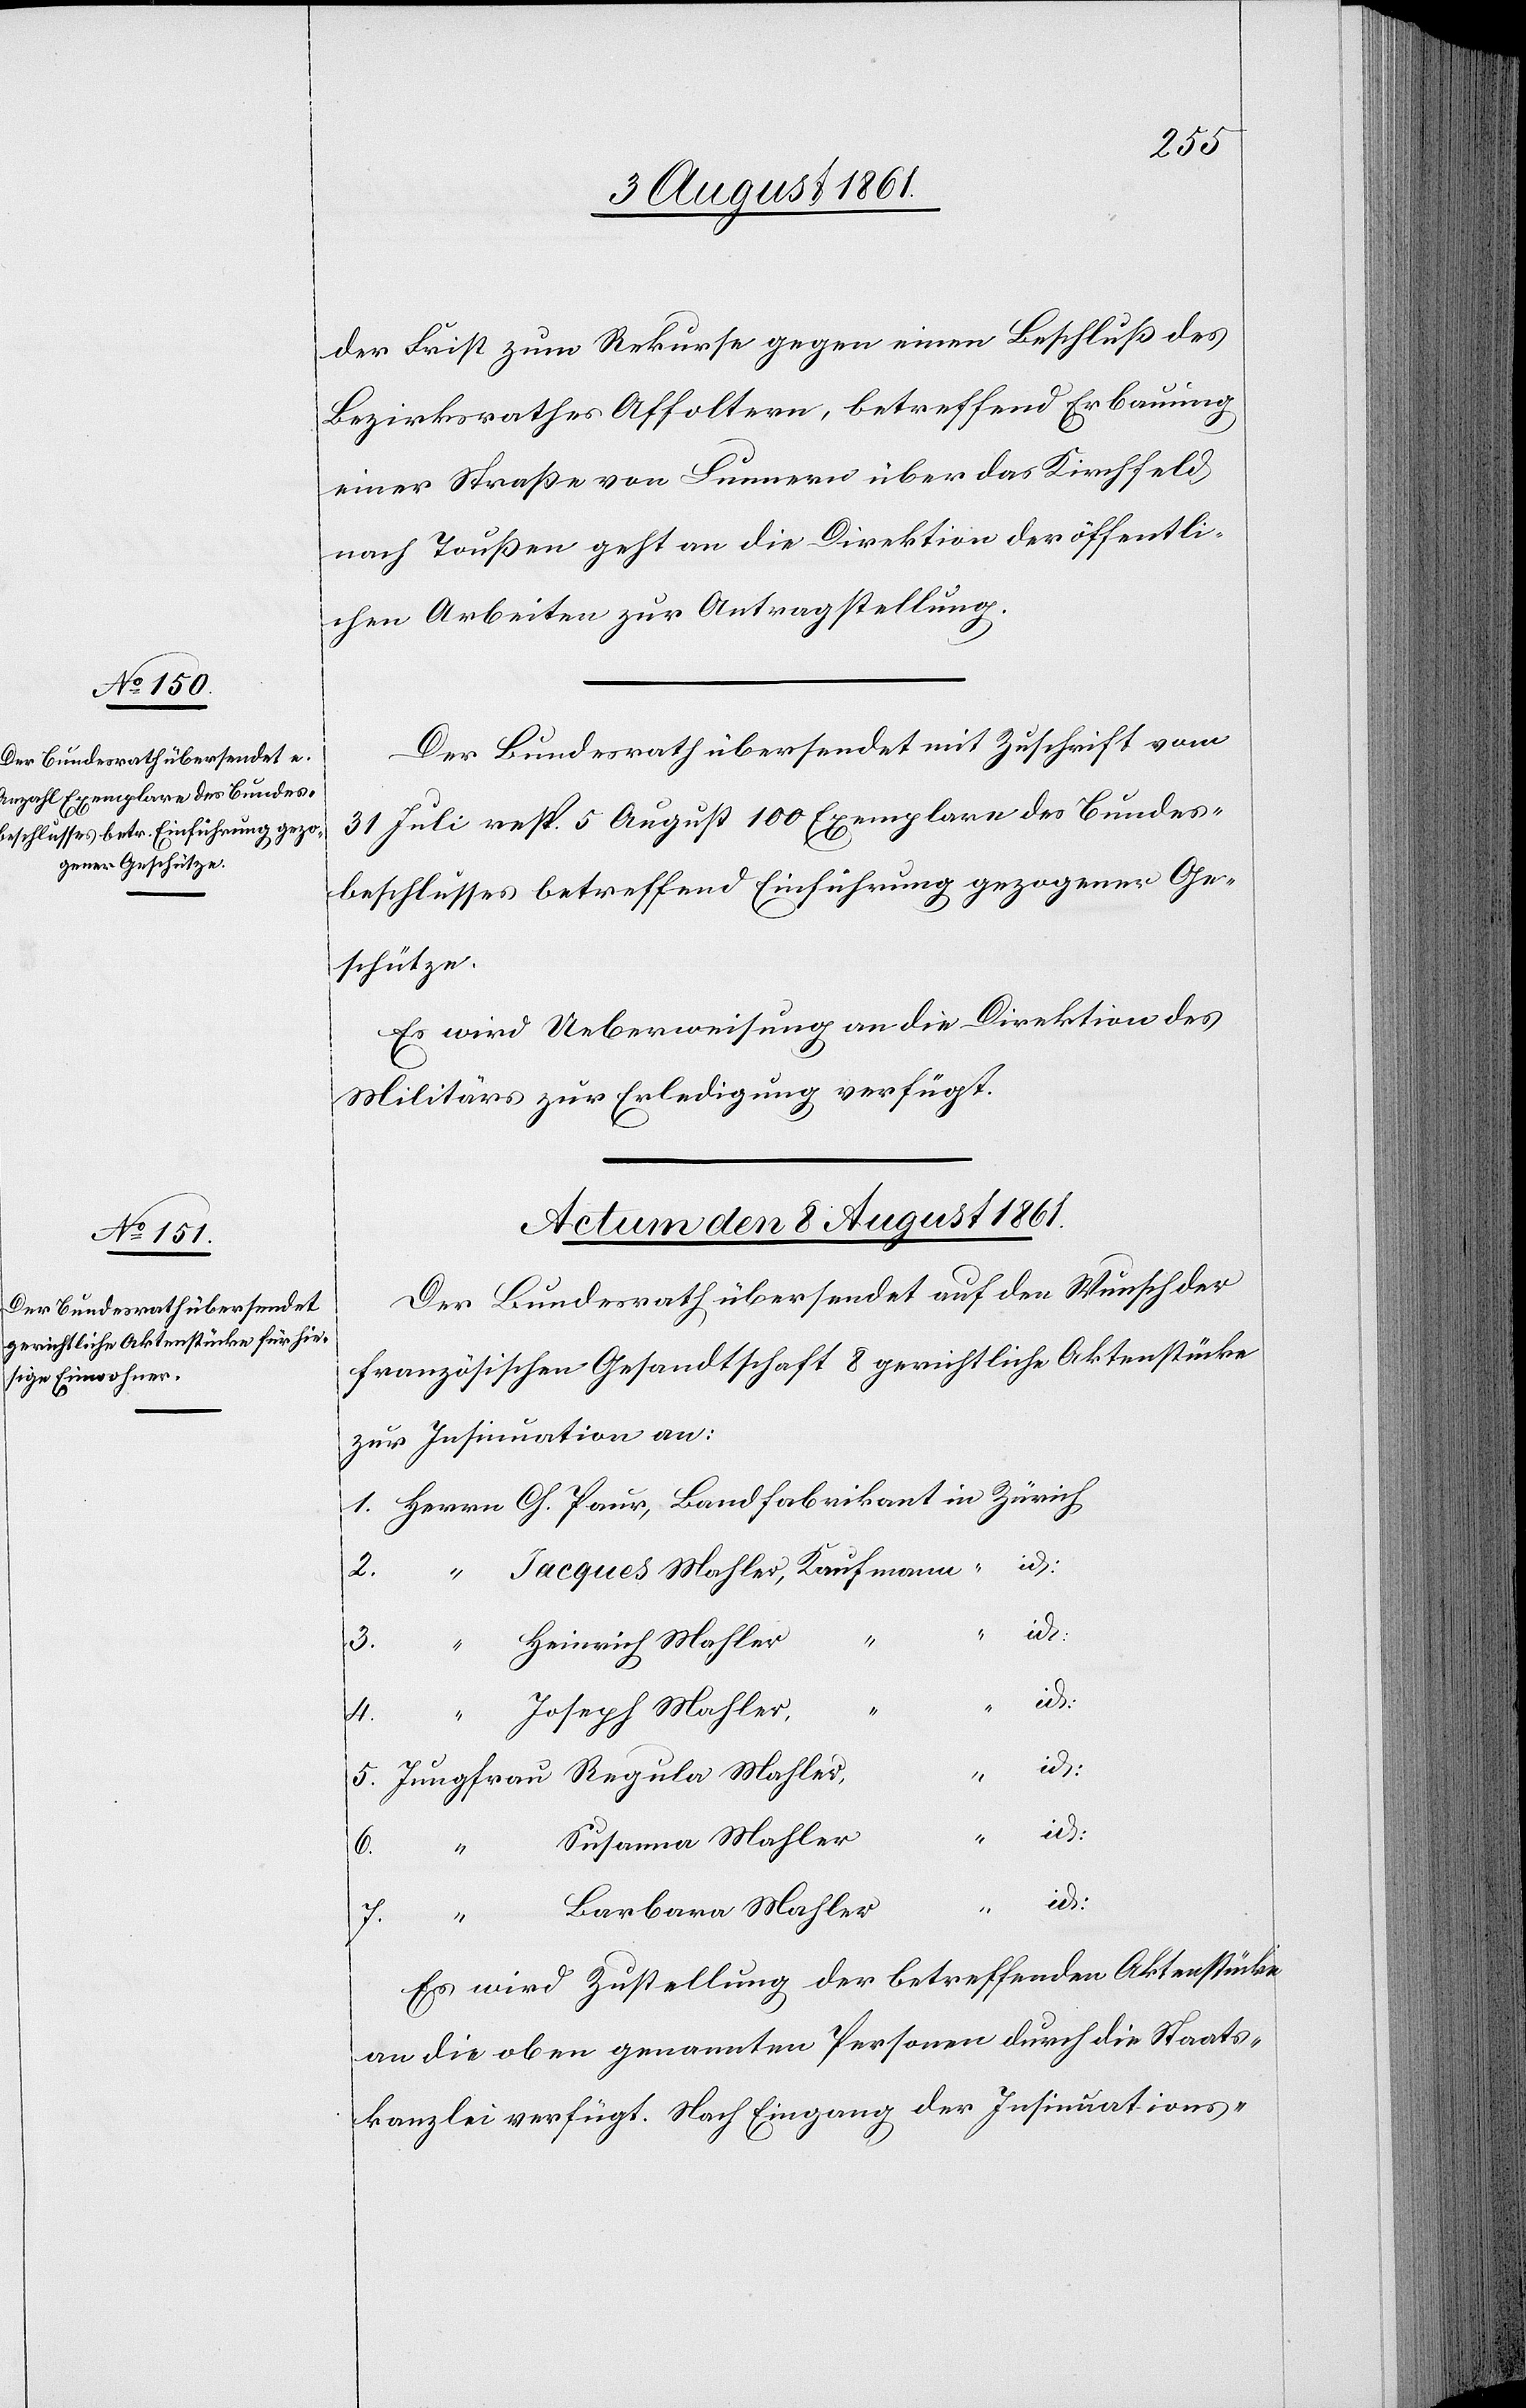
der Frist zum Rekurse gegen einen Beschluß des
Bezirksrathes Affoltern, betreffend Erbauung
einer Straße von Lunnern über das Kirchfeld
nach Toußen geht an die Direktion der öffentli¬
chen Arbeiten zur Antragstellung.
Der Bundesrath übersendet mit Zuschrift vom
31 Juli resp. 5 August 100 Exemplare des Bundes¬
beschlusses betreffend Einführung gezogener Ge¬
schütze.
Es wird Ueberweisung an die Direktion des
Militärs zur Erledigung verfügt.
Actum den 8 August 1861.
Der Bundesrath übersendet auf den Wunsch der
französischen Gesandtschaft 8 gerichtliche Aktenstücke
zur Insinuation an:
1. Herrn Ch. Paur, Landfabrikant 	in Zürich
2. “	 Jacques Mahler, Kaufmann
id.
3. “	 Heinrich Mahler,
Joseph Mahler,
id.
5. Jungfrau Regula Mahler
Susanna Mahler
fü¬
id.
6.
7.
Barbara Mahler
Es wird Zustellung der betreffenden Aktenstücke
an die oben genannten Personen durch die Staats¬
kanzlei verfügt. Nach Eingang der Insinuations-